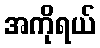
အကိုရယ်